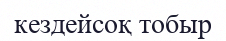
кездейсоқ тобыр